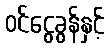
ဝင်ငွေခွန်နှင့်